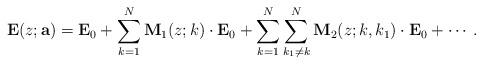
LaTeX: \begin{align*}\mathbf E(z;\mathbf a) = \mathbf E_0+ \sum_{k=1}^N \mathbf M_1(z;k) \cdot \mathbf E_0 + \sum_{k=1}^N \sum_{k_1 \neq k}^N \mathbf M_2(z; k, k_1) \cdot \mathbf E_0 + \cdots.\end{align*}